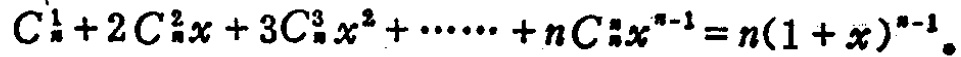
$C_{n}^{1}+2C_{n}^{2}x + 3C_{n}^{3}x^{2}+\cdots\cdots + nC_{n}^{n}x^{n - 1}=n(1 + x)^{n - 1}$